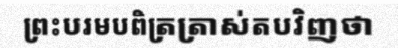
ព្រះបរមបពិត្រត្រាស់តបវិញថា